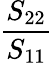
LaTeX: \frac{S_{22}}{S_{11}}